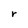
Character: r